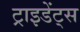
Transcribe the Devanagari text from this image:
ट्राइडेंट्स